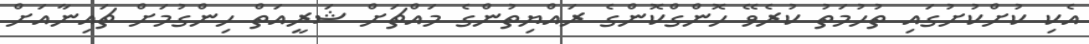
އެކި ކުށްކުށުގައި ތުހުމަތު ކުރެވޭ ހޮންގްކޮންގެ ރައްޔިތުންގެ މައްޗަށް ޝަރީއަތް ހިންގުމަށް ޗައިނާއަށް